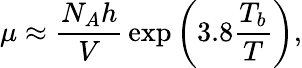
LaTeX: \mu\approx{\frac{N_{A}h}{V}}\exp\left(3.8{\frac{T_{b}}{T}}\right),